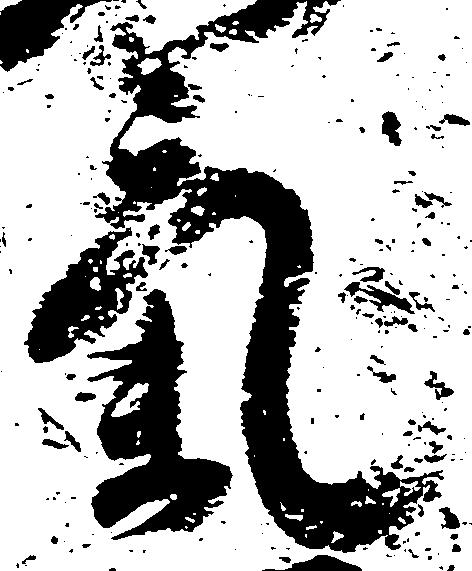
気